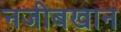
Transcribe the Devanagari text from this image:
नजीबखान